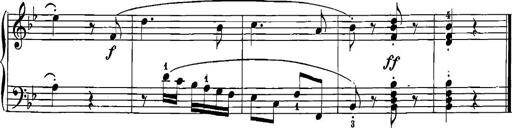
Title: 12 Sonatinas
Composer: Ignaz Pleyel